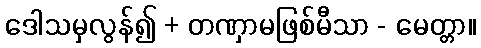
ဒေါသမှလွန်၍ + တဏှာမဖြစ်မီသာ - မေတ္တာ။